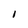
Character: I